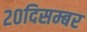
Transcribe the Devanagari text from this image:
२०दिसम्बर